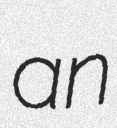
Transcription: an